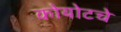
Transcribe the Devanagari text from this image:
कोयोटचे